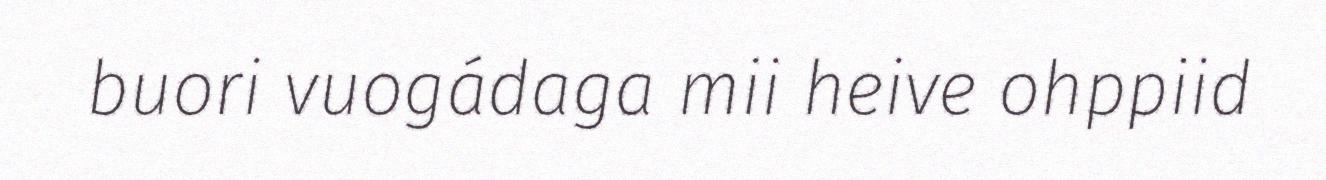
buori vuogádaga mii heive ohppiid